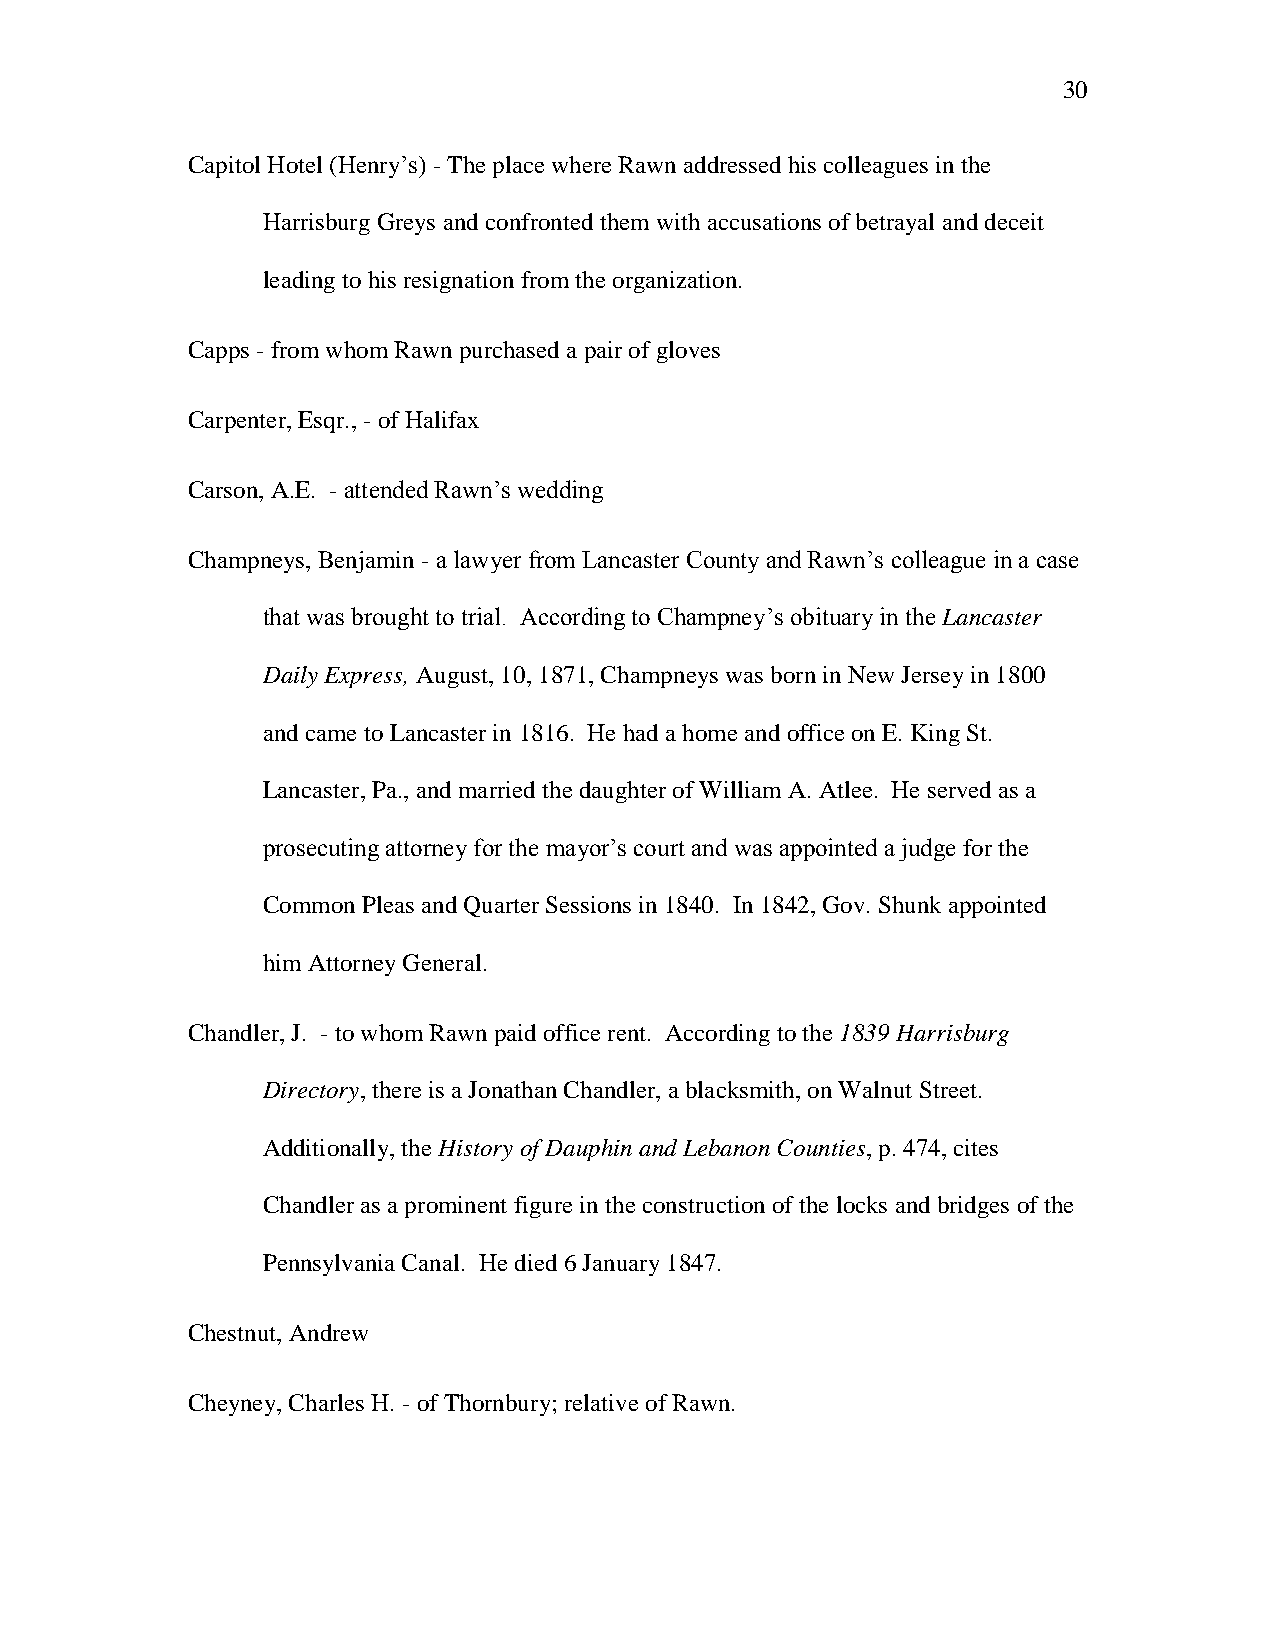
30
 Capitol Hotel (Henry‘s) - The place where Rawn addressed his colleagues in the
 Harrisburg Greys and confronted them with accusations of betrayal and deceit
 leading to his resignation from the organization.
 Capps - from whom Rawn purchased a pair of gloves
 Carpenter, Esqr., - of Halifax
 Carson, A.E. - attended Rawn‘s wedding
 Champneys, Benjamin - a lawyer from Lancaster County and Rawn‘s colleague in a case
 that was brought to trial. According to Champney‘s obituary in the Lancaster
 Daily Express, August, 10, 1871, Champneys was born in New Jersey in 1800
 and came to Lancaster in 1816. He had a home and office on E. King St.
 Lancaster, Pa., and married the daughter of William A. Atlee. He served as a
 prosecuting attorney for the mayor‘s court and was appointed a judge for the
 Common Pleas and Quarter Sessions in 1840. In 1842, Gov. Shunk appointed
 him Attorney General.
 Chandler, J. - to whom Rawn paid office rent. According to the 1839 Harrisburg
 Directory, there is a Jonathan Chandler, a blacksmith, on Walnut Street.
 Additionally, the History of Dauphin and Lebanon Counties, p. 474, cites
 Chandler as a prominent figure in the construction of the locks and bridges of the
 Pennsylvania Canal. He died 6 January 1847.
 Chestnut, Andrew
 Cheyney, Charles H. - of Thornbury; relative of Rawn.